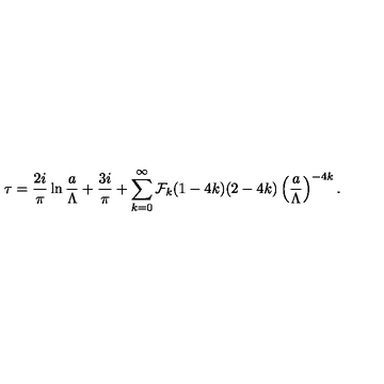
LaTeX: \tau = { \frac { 2 i } { \pi } } \ln { \frac { a } { \Lambda } } + { \frac { 3 i } { \pi } } + \sum _ { k = 0 } ^ { \infty } { \cal F } _ { k } ( 1 - 4 k ) ( 2 - 4 k ) \left( { \frac { a } { \Lambda } } \right) ^ { - 4 k } .